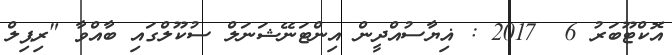
އޮކްޓޫބަރު 6  2017 : ޣިޔާސުއްދީން އިންޓަނޭޝަނަލް ސުކޫލްގައި ބާއްވާ "ރިޕިލް